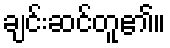
ချင်းဆင်တူ၏။